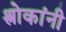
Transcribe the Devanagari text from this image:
श्लोकांनी